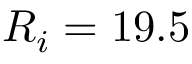
R _ { i } = 1 9 . 5